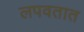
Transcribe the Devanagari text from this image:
लपवतात